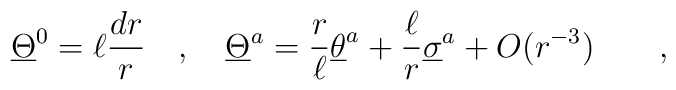
\underline{\Theta}^{ 0} = \ell{dr\over r} \quad , \quad\underline{\Theta}^{ a} ={r\over{\ell}} \underline{\theta}^{ a} + {\ell\over r}\underline{\sigma}^{ a} +O (r^{-3}) \qquad ,